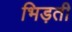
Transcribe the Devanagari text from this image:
भिड़ती